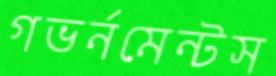
গভর্নমেন্টস